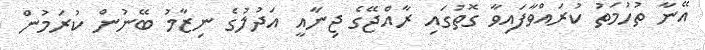
އޭނާ ތުހުމަތު ކުރައްވާފައިވާ ގޮތުގައި ރާއްޖޭގެ ޖިނާއީ އަދުލުގެ ނިޒާމު ބޭނުން ކުރަމުން